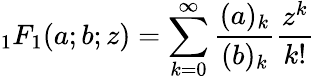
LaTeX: {_1F_{1}}(a;b;z)=\sum_{k=0}^{\infty}\frac{(a)_{k}}{(b)_{k}}\frac{z^{k}}{k!}